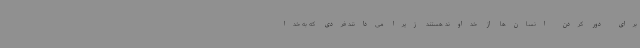
برای دور کردن انسان‌ها از خداوند هستند زیرا می‌دانند فردی که به خدا